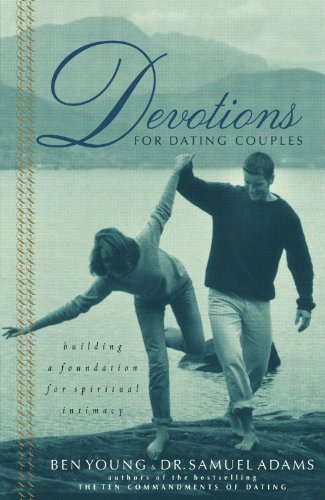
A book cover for Devotions For Dating Couples: Building A Foundation For Spiritual Intimacy; Ben Young; Christian Books & Bibles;